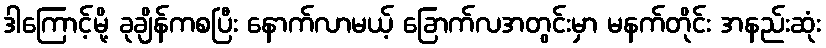
ဒါကြောင့်မို့ ခုချိန်ကစပြီး နောက်လာမယ့် ခြောက်လအတွင်းမှာ မနက်တိုင်း အနည်းဆုံး